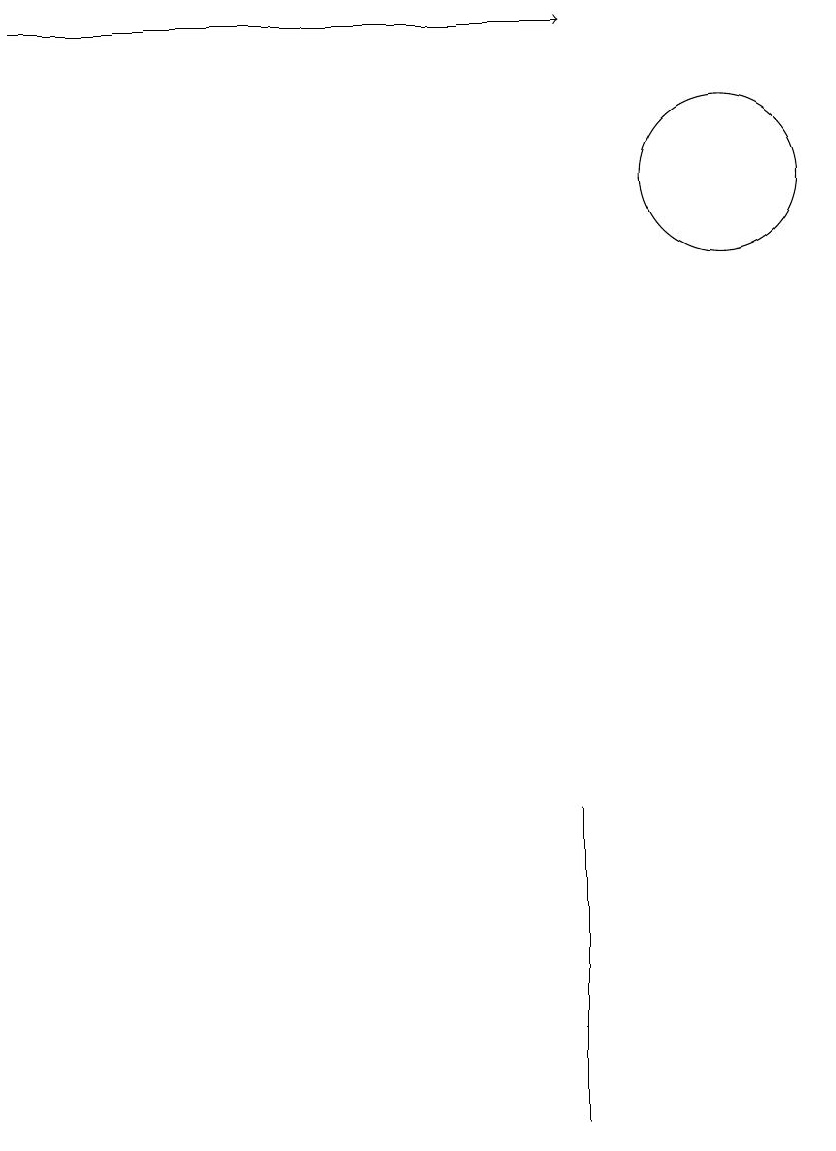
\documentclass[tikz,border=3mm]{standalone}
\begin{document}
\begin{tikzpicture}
\draw (11,12) circle (1);
\draw[->] (2,14) -- (9,14);
\draw (9,4) -- (9,0) -- (9,2) -- cycle;
\draw (11,11) circle (0);
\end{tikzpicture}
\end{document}